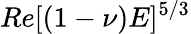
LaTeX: Re[(1-\nu)E]^{5/3}